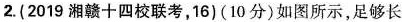
擦因数均为0.1，A、B质量分别为m4=2kg，mg=1kg。